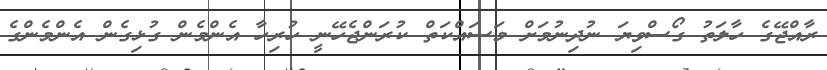
ރާއްޖޭގެ ހާލަތު ގޯސްވިޔަ ނުދިނުމަށް މަސައްކަތް ކުރަންޖެހޭނީ ހުރިހާ އެންމެން ގުޅިގެން އެންމެންގެ